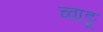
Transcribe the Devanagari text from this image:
च्वाङू